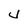
Character: 4